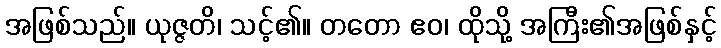
အဖြစ်သည်။ ယုဇ္ဇတိ၊ သင့်၏။ တတော ဧဝ၊ ထိုသို့ အကြီး၏အဖြစ်နှင့်